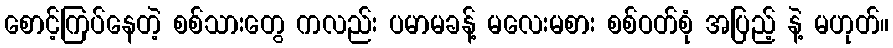
စောင့်ကြပ်နေတဲ့ စစ်သားတွေ ကလည်း ပမာမခန့် မလေးမစား စစ်ဝတ်စုံ အပြည့် နဲ့ မဟုတ်။